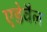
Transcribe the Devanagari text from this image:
एडेवैल